65_HS1-834228961_62-HQ-83894_Section_10
Agency: FBI
Page 96
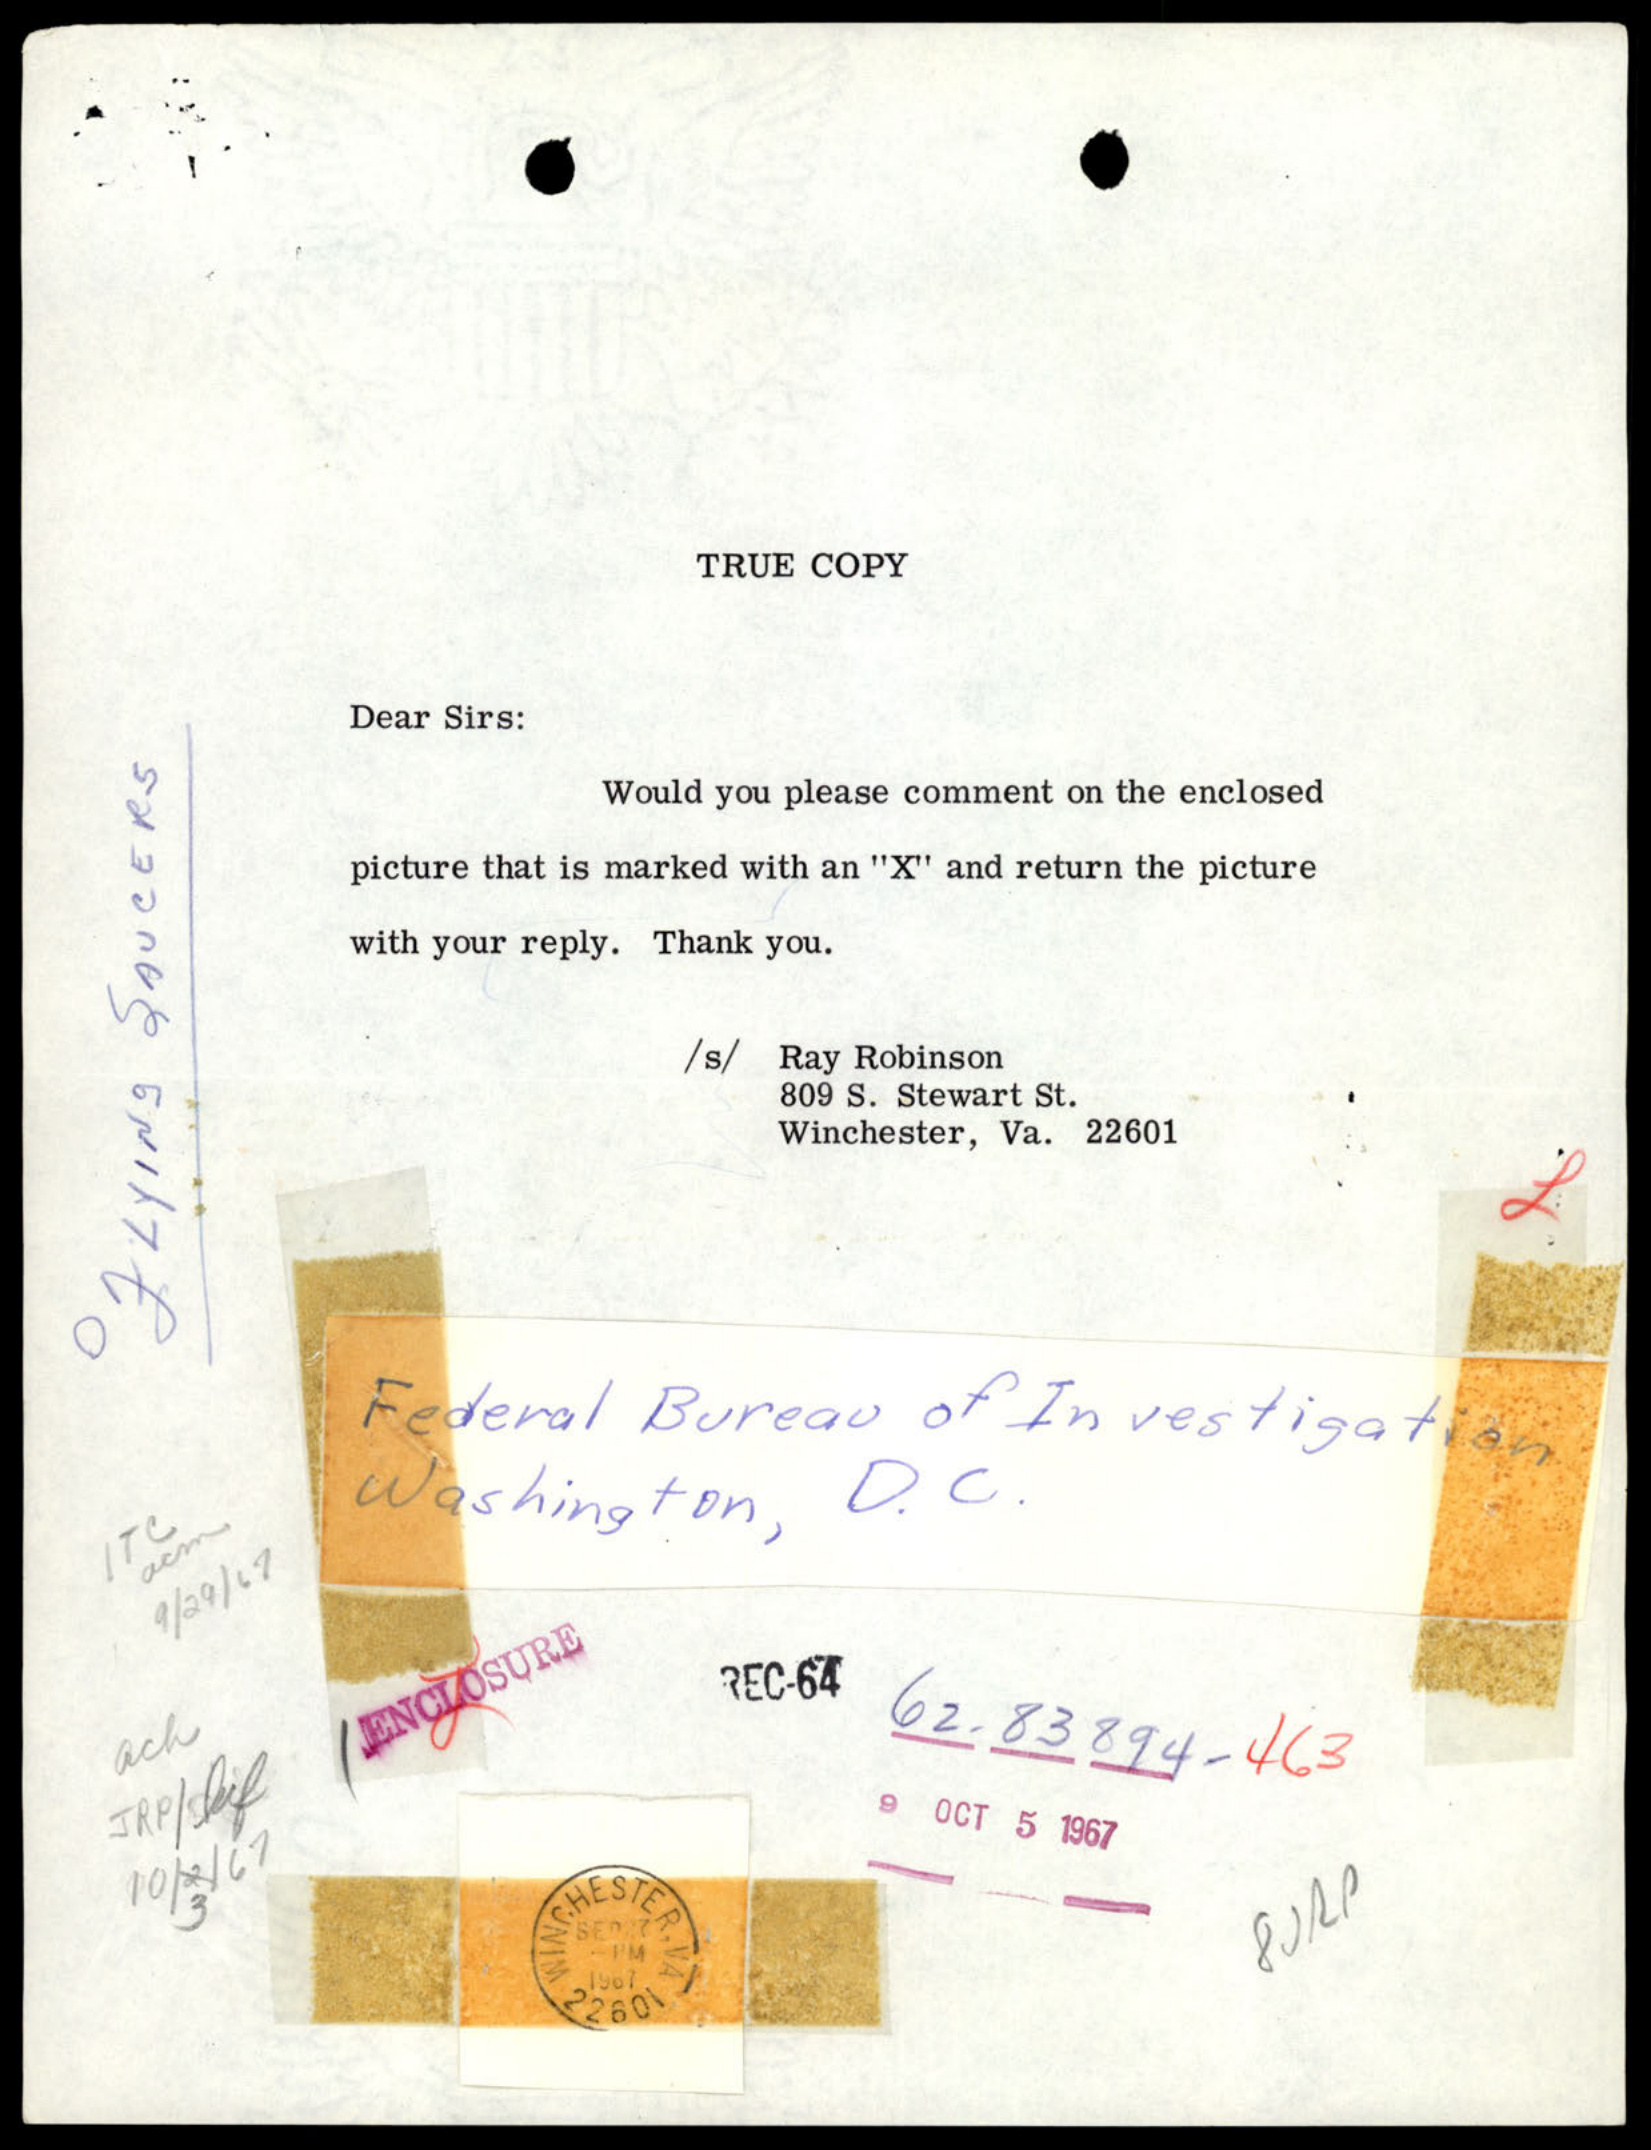